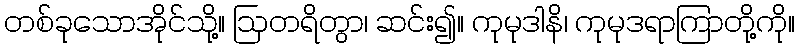
တစ်ခုသောအိုင်သို့။ ဩတရိတွာ၊ ဆင်း၍။ ကုမုဒါနိ၊ ကုမုဒရာကြာတို့ကို။